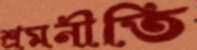
শ্রমনীতি